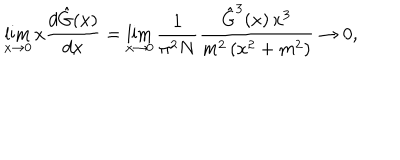
LaTeX: \lim _ { x \rightarrow 0 } x \frac { d \hat { G } ( x ) } { d x } = \lim _ { x \rightarrow 0 } \frac { 1 } { \pi ^ { 2 } N } \frac { \hat { G } ^ { 3 } ( x ) \, x ^ { 3 } } { m ^ { 2 } \left( x ^ { 2 } + m ^ { 2 } \right) } \rightarrow 0 ,